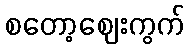
စတော့ဈေးကွက်